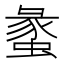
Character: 䗍